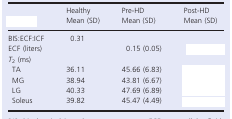
<table><thead><tr><td>[EMPTY_CELL]</td><td><b>Healthy Mean (SD)</b></td><td><b>Pre‐HD Mean (SD)</b></td><td><b>Post‐HD Mean (SD)</b></td></tr></thead><tbody><tr><td>BIS:ECF:ICF</td><td>0.31</td><td>[EMPTY_CELL]</td><td>[EMPTY_CELL]</td></tr><tr><td>ECF (liters)</td><td>[EMPTY_CELL]</td><td>0.15 (0.05)</td><td>[EMPTY_CELL]</td></tr><tr><td colspan="4"><i>T</i><sub>2</sub> (ms)</td></tr><tr><td>TA</td><td>36.11</td><td>45.66 (6.83)</td><td>[EMPTY_CELL]</td></tr><tr><td>MG</td><td>38.94</td><td>43.81 (6.67)</td><td>[EMPTY_CELL]</td></tr><tr><td>LG</td><td>40.33</td><td>47.69 (6.89)</td><td>[EMPTY_CELL]</td></tr><tr><td>Soleus</td><td>39.82</td><td>45.47 (4.49)</td><td>[EMPTY_CELL]</td></tr></tbody></table>